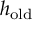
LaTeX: h _ { \mathrm { o l d } }